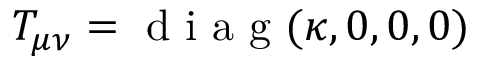
T _ { \mu \nu } = \mathrm { ~ d ~ i ~ a ~ g ~ } ( \kappa , 0 , 0 , 0 )